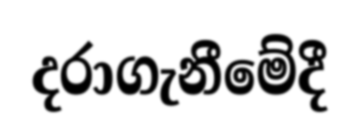
දරාගැනීමේදී